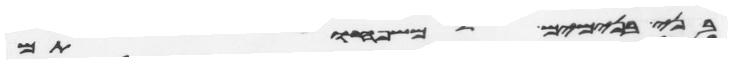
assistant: בני בנימים למשפחותם